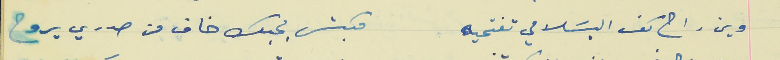
وين راح كف البسَلامي تفتحيه                              مكبش بحبك خاف من صدري يروح